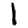
Digit: 1